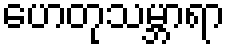
ဟေတုသမ္ဘာရာ